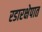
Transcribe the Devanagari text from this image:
रडारक्षेपात